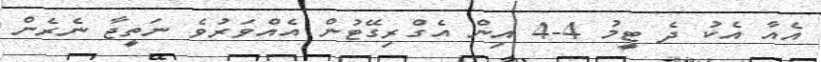
އެއާ އެކު ދެ ޓީމު 4-4 އިން އެގްރިގޭޓުން އެއްވަރުވެ ނަތީޖާ ނެރެން